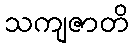
သကျဇာတိ